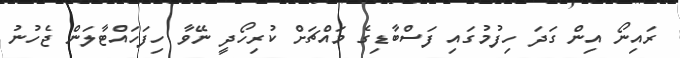
ރައިނޯ އިން ގަދަ ހިފުމުގައި ފަސްބާޑިގެ މައްޗަށް ކުރިހޯދީ ނޭވާ ހިފަހައްޓާލަން ޖެހުނު